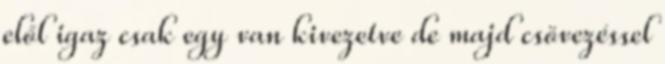
elől igaz csak egy van kivezetve de majd csövezéssel